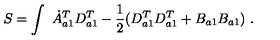
S = \int \ \dot { A } _ { a 1 } ^ { T } D _ { a 1 } ^ { T } - \frac { 1 } { 2 } ( D _ { a 1 } ^ { T } D _ { a 1 } ^ { T } + B _ { a 1 } B _ { a 1 } ) \ .